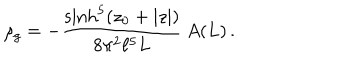
\rho _ { g } = - \frac { \sinh ^ { 5 } ( z _ { 0 } + | z | ) } { 8 \pi ^ { 2 } \ell ^ { 5 } L } \, A ( L ) \, .